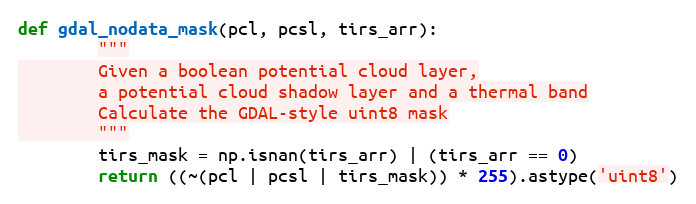
Language: Python
def gdal_nodata_mask(pcl, pcsl, tirs_arr):
        """
        Given a boolean potential cloud layer,
        a potential cloud shadow layer and a thermal band
        Calculate the GDAL-style uint8 mask
        """
        tirs_mask = np.isnan(tirs_arr) | (tirs_arr == 0)
        return ((~(pcl | pcsl | tirs_mask)) * 255).astype('uint8')